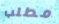
مطلب